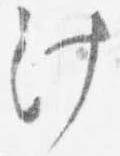
汁